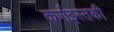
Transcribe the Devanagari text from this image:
कर्णइस्तकी